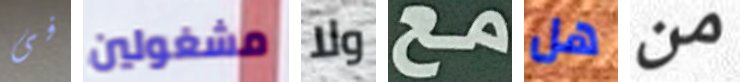
فى مشغولين ولا مع هل من